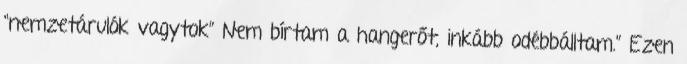
“nemzetárulók vagytok” Nem bírtam a hangerőt, inkább odébbálltam.” Ezen